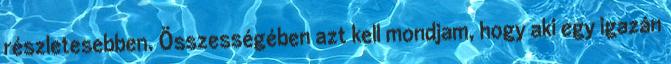
részletesebben. Összességében azt kell mondjam, hogy aki egy igazán